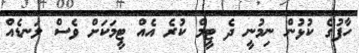
ހާފުގެ ކުޅުން ނިމުނީ ދެ ޓީމް ކުރެ އެއް ޓީމަކަށް ވެސް ލަނޑެއް